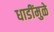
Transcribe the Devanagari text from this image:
धाडींमुळे